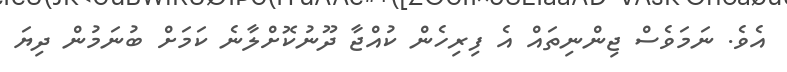
އެވެ. ނަމަވެސް ޖިންނިތައް އެ ފިރިހެން ކުއްޖާ ދޫނުކޮށްލާނެ ކަމަށް ބުނަމުން ދިޔަ